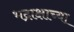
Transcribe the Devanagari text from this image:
भद्राक्षाच्या